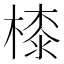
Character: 㯃